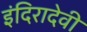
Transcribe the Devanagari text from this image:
इंदिरादेवी